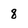
Character: 8